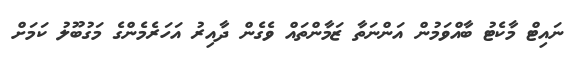
ނައިޓް މާކެޓު ބާއްވަމުން އަންނަތާ ޒަމާންތައް ވެގެން ދާއިރު އަހަރެމެންގެ މަގުބޫލު ކަމަށް